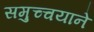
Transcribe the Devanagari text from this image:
समुच्चयाने